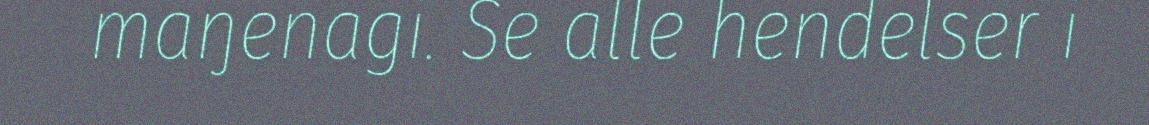
maŋenagi. Se alle hendelser i